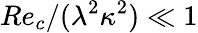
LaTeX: Re_{c}/(\lambda^{2}\kappa^{2})\ll 1